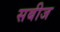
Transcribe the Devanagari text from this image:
सबीज